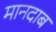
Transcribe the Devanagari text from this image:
मानदाब